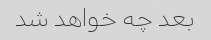
بعد چه خواهد شد